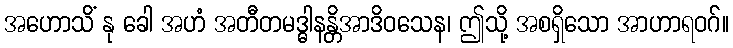
အဟောသိံ နု ခေါ အဟံ အတီတမဒ္ဓါနန္တိအာဒိဝသေန၊ ဤသို့ အစရှိသော အာဟာရဝဂ်။